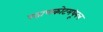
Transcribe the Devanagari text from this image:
पठाणकोटमधूनच